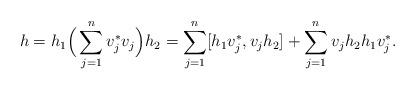
\begin{align*}h=h_1\Big(\sum_{j=1}^n v_j^*v_j\Big)h_2=\sum_{j=1}^n [h_1v_j^*,v_jh_2]+\sum_{j=1}^n v_jh_2h_1v_j^*.\end{align*}